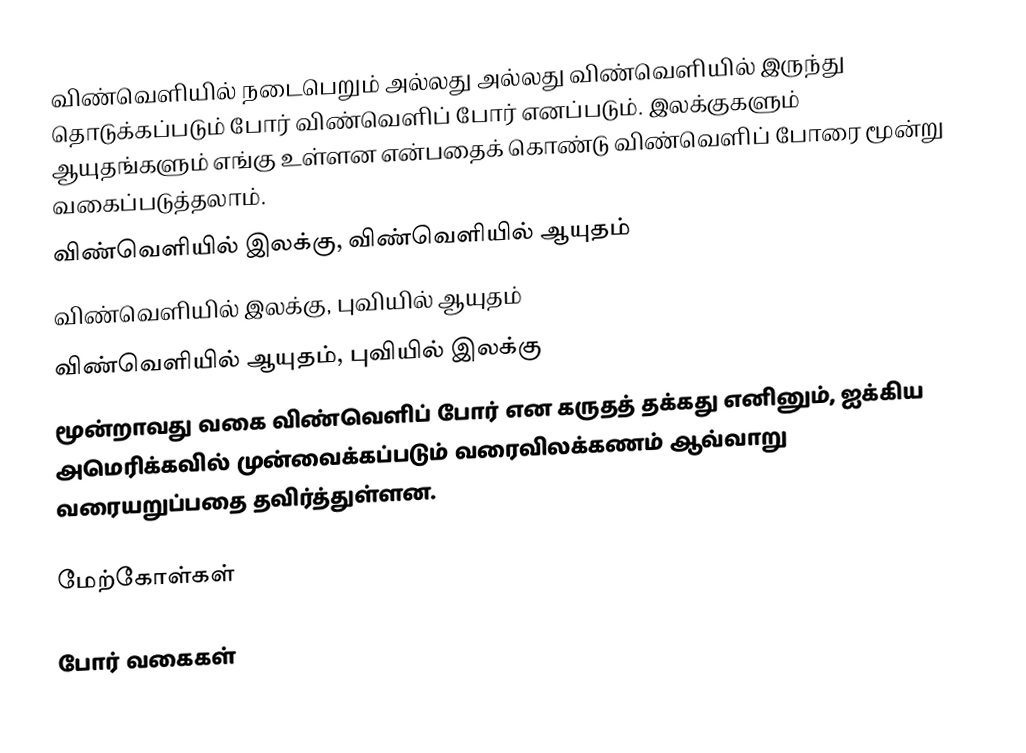
விண்வெளியில் நடைபெறும் அல்லது அல்லது விண்வெளியில் இருந்து தொடுக்கப்படும் போர் விண்வெளிப் போர் எனப்படும்.  இலக்குகளும் ஆயுதங்களும் எங்கு உள்ளன என்பதைக் கொண்டு விண்வெளிப் போரை மூன்று வகைப்படுத்தலாம்.
 விண்வெளியில் இலக்கு, விண்வெளியில் ஆயுதம்
 விண்வெளியில் இலக்கு, புவியில் ஆயுதம்
 விண்வெளியில் ஆயுதம், புவியில் இலக்கு
மூன்றாவது வகை விண்வெளிப் போர் என கருதத் தக்கது எனினும், ஐக்கிய அமெரிக்கவில் முன்வைக்கப்படும் வரைவிலக்கணம் ஆவ்வாறு வரையறுப்பதை தவிர்த்துள்ளன.

மேற்கோள்கள்

போர் வகைகள்